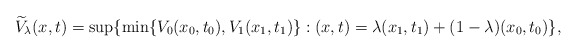
\begin{align*} \widetilde V_\lambda(x,t)=\sup\{\min\{V_0(x_0,t_0),V_1(x_1,t_1)\}:(x,t)=\lambda(x_1,t_1)+(1-\lambda)(x_0,t_0)\},\end{align*}